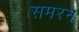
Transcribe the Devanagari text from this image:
समरन